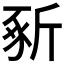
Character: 𣂡